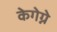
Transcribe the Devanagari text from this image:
केगेग्ने